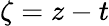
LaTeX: \zeta=z-t